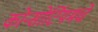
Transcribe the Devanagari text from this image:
कोन्सोर्टियमचे